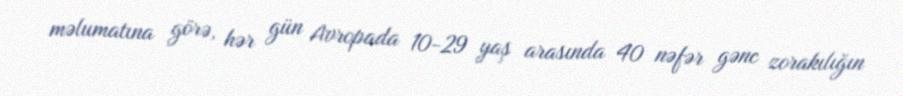
məlumatına görə, hər gün Avropada 10-29 yaş arasında 40 nəfər gənc zorakılığın